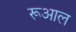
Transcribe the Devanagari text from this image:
रूआल